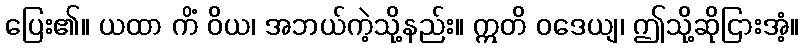
ပြေး၏။ ယထာ ကိံ ဝိယ၊ အဘယ်ကဲ့သို့နည်း။ ဣတိ ဝဒေယျ၊ ဤသို့ဆိုငြားအံ့။